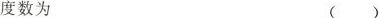
度数为 （）